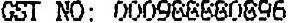
GST NO: 000988880896